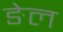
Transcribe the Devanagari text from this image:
ङेल